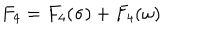
F _ { 4 } = F _ { 4 } ( \sigma ) + F _ { 4 } ( \omega )